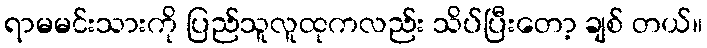
ရာမမင်းသားကို ပြည်သူလူထုကလည်း သိပ်ပြီးတော့ ချစ် တယ်။